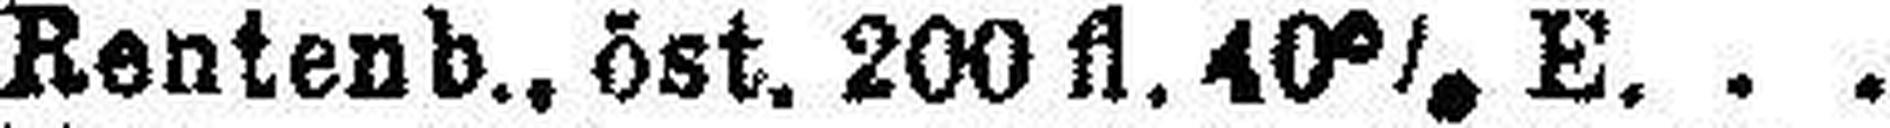
„ Rentenb., öst. 200 fl. 40% E.